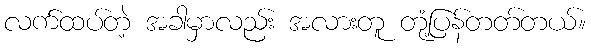
လက်ထပ်တဲ့ အခါမှာလည်း အလားတူ တုံ့ပြန်တတ်တယ်။